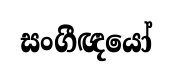
සංගීඥයෝ